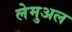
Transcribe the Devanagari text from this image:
लेमुअल